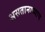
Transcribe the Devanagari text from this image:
असतानाच्याच